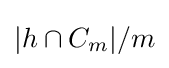
|h\cap C_{m}|/m